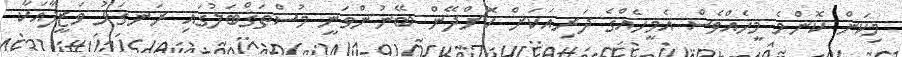
މިކަން ކޮންމެ މީހެއްވެސް އެމީހެއްގެ ދަރިއަކަށް ކޮށްދޭން ބޭނުންވަނީ މުސްތަޤްބަލުގައި ރަނގަޅު ވަޒީފާއަކާ